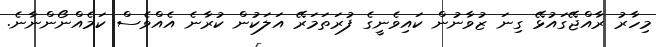
މިހާރު ރާއްޖޭގައުޅޭ ގިނަ ޒުވާނުން ކައިވެނީގެ ފުރަތަމަރޭ އަލަކުން ކުރާނެ އެއްވެސް ކަމެއްނޯންނާނެ.